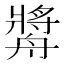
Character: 𱽁